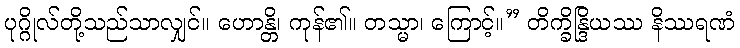
ပုဂ္ဂိုလ်တို့သည်သာလျှင်။ ဟောန္တိ၊ ကုန်၏။ တသ္မာ၊ ကြောင့်။” တိက္ခိန္ဒြိယဿ နိဿရဏံ